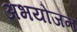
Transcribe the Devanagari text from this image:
अभयोजन